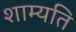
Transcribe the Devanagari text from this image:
शाम्यति